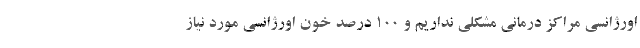
اورژانسی مراکز درمانی مشکلی نداریم و ۱۰۰ درصد خون اورژانسی مورد نیاز